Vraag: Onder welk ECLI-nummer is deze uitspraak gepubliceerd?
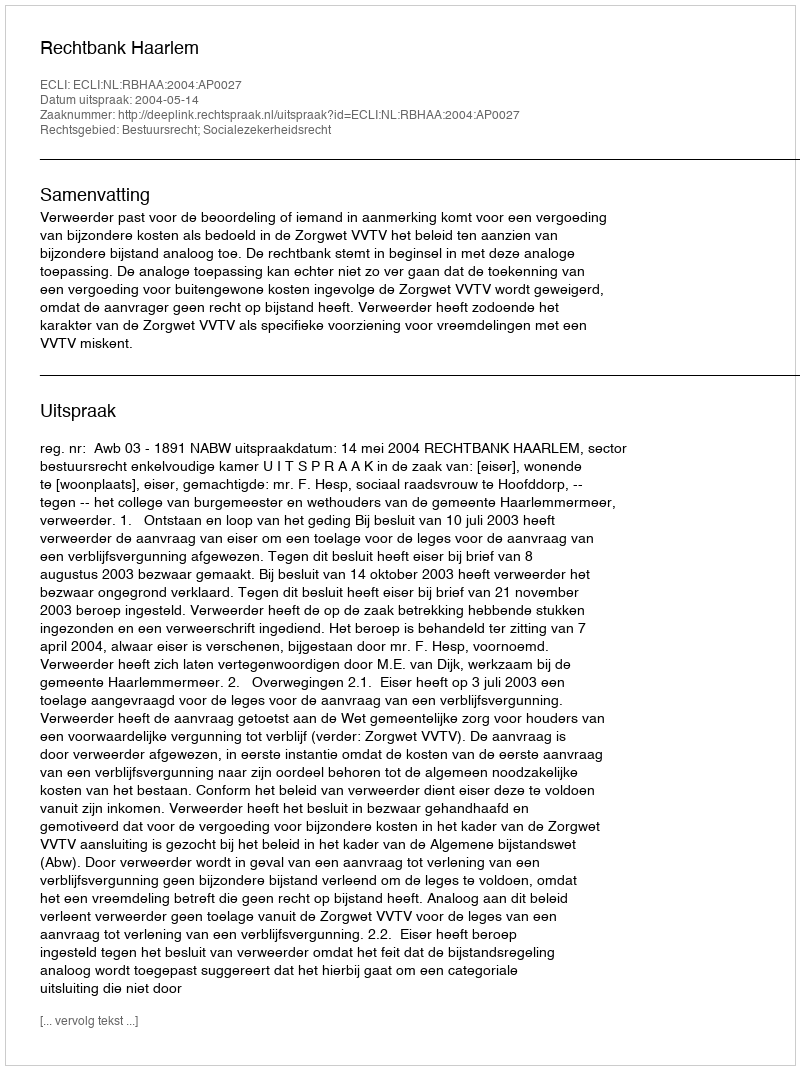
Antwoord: ECLI:NL:RBHAA:2004:AP0027